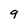
Character: 9